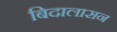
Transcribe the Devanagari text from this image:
बिदालासन